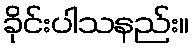
ခိုင်းပါသနည်း။